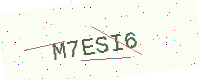
Text: M7ESI6